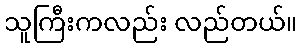
သူကြီးကလည်း လည်တယ်။